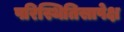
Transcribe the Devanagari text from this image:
परिस्थितिसापेक्ष